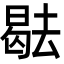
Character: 𭧑